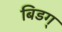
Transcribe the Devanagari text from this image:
बिडग्